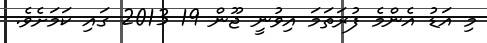
މި އަޑު އެންމެ ފުރަތަމަ އިވުނީ ޖޫން 19 2013 ގައި ކަމަށެވެ.